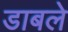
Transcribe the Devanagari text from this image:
डाबले